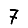
Digit: 7